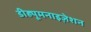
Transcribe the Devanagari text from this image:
डीह्यूमनाइज़ेशन